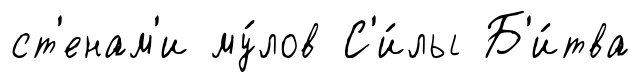
ст'енам'и му́лов С'и́лы Б'и́тва